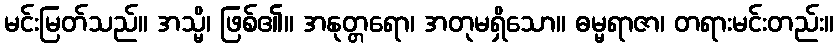
မင်းမြတ်သည်။ အသ္မိ၊ ဖြစ်၏။ အနုတ္တရော၊ အတုမရှိသော။ ဓမ္မရာဇာ၊ တရားမင်းတည်း။